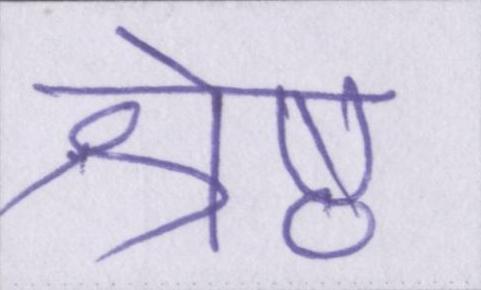
श्रेष्ठ